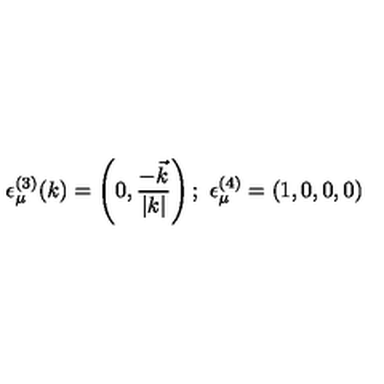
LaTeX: \epsilon _ { \mu } ^ { ( 3 ) } ( k ) = \left( 0 , \frac { - \vec { k } } { | k | } \right) ; \ \epsilon _ { \mu } ^ { ( 4 ) } = ( 1 , 0 , 0 , 0 )